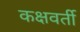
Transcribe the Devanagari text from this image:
कक्षवर्ती